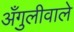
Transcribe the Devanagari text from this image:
अँगुलीवाले